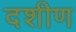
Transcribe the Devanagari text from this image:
दशीण